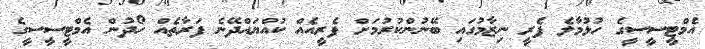
އެމްޓީސީސީގެ ހުޅުމާލެ ފެރީ ނިޒާމުގައި ބޭނުންކުރުމަށް ފެރީއެއް ކުއްޔައްދޭނެ ފަރާތެއް ހޯދުން އެމްޓީސީސީގެ